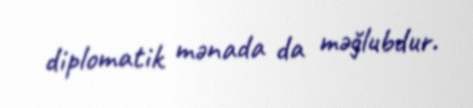
diplomatik mənada da məğlubdur.